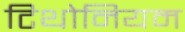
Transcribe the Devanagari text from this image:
टिथोनियम